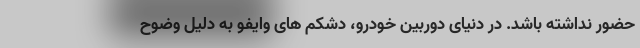
حضور نداشته باشد. در دنیای دوربین خودرو، دشکم های وایفو به دلیل وضوح